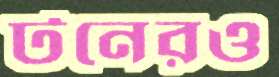
টনেরও